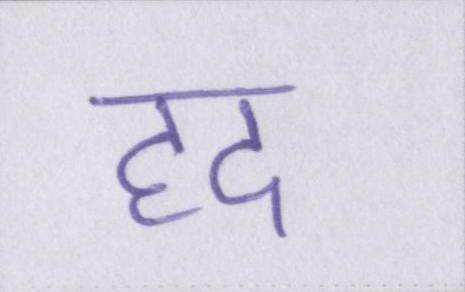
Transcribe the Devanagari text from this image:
हद